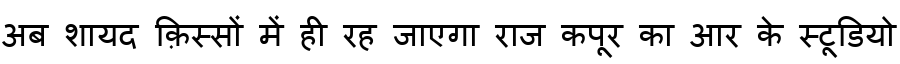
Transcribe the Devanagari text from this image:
अब शायद क़िस्सों में ही रह जाएगा राज कपूर का आर के स्टूडियो